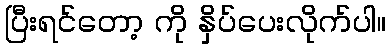
ပြီးရင်တော့ ကို နှိပ်ပေးလိုက်ပါ။